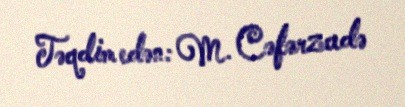
Təqdim edən: M. Cəfərzadə